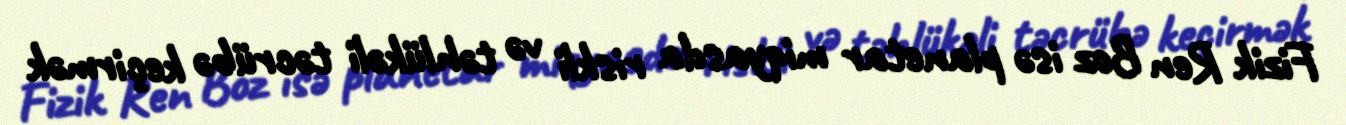
Fizik Ren Boz isə planetar miqyasda riskli və təhlükəli təcrübə keçirmək